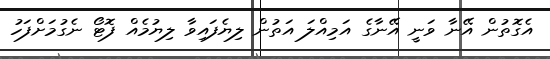
އެގޮތުން އޭނާ ވަނީ އޭނާގެ އަމިއްލަ އަތުން ލިޔެފައިވާ ލިޔުމެއް ފޮޓޯ ނެގުމަށްފަހު